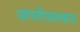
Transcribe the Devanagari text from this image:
आपत्तीजनकच